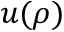
u ( \rho )